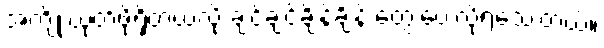
အကျိုးယုတ်ဖို့ရှိတယ်လို့ ချင့်ချင့်ချိန်ချိန် တွေးပေးလို့ရသေးတယ်။